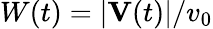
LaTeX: W(t)=|\mathbf{V}(t)|/v_{0}